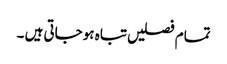
تمام فصلیں تباہ ہو جاتی ہیں ۔